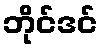
ဘိုင်ဒင်